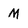
Character: M